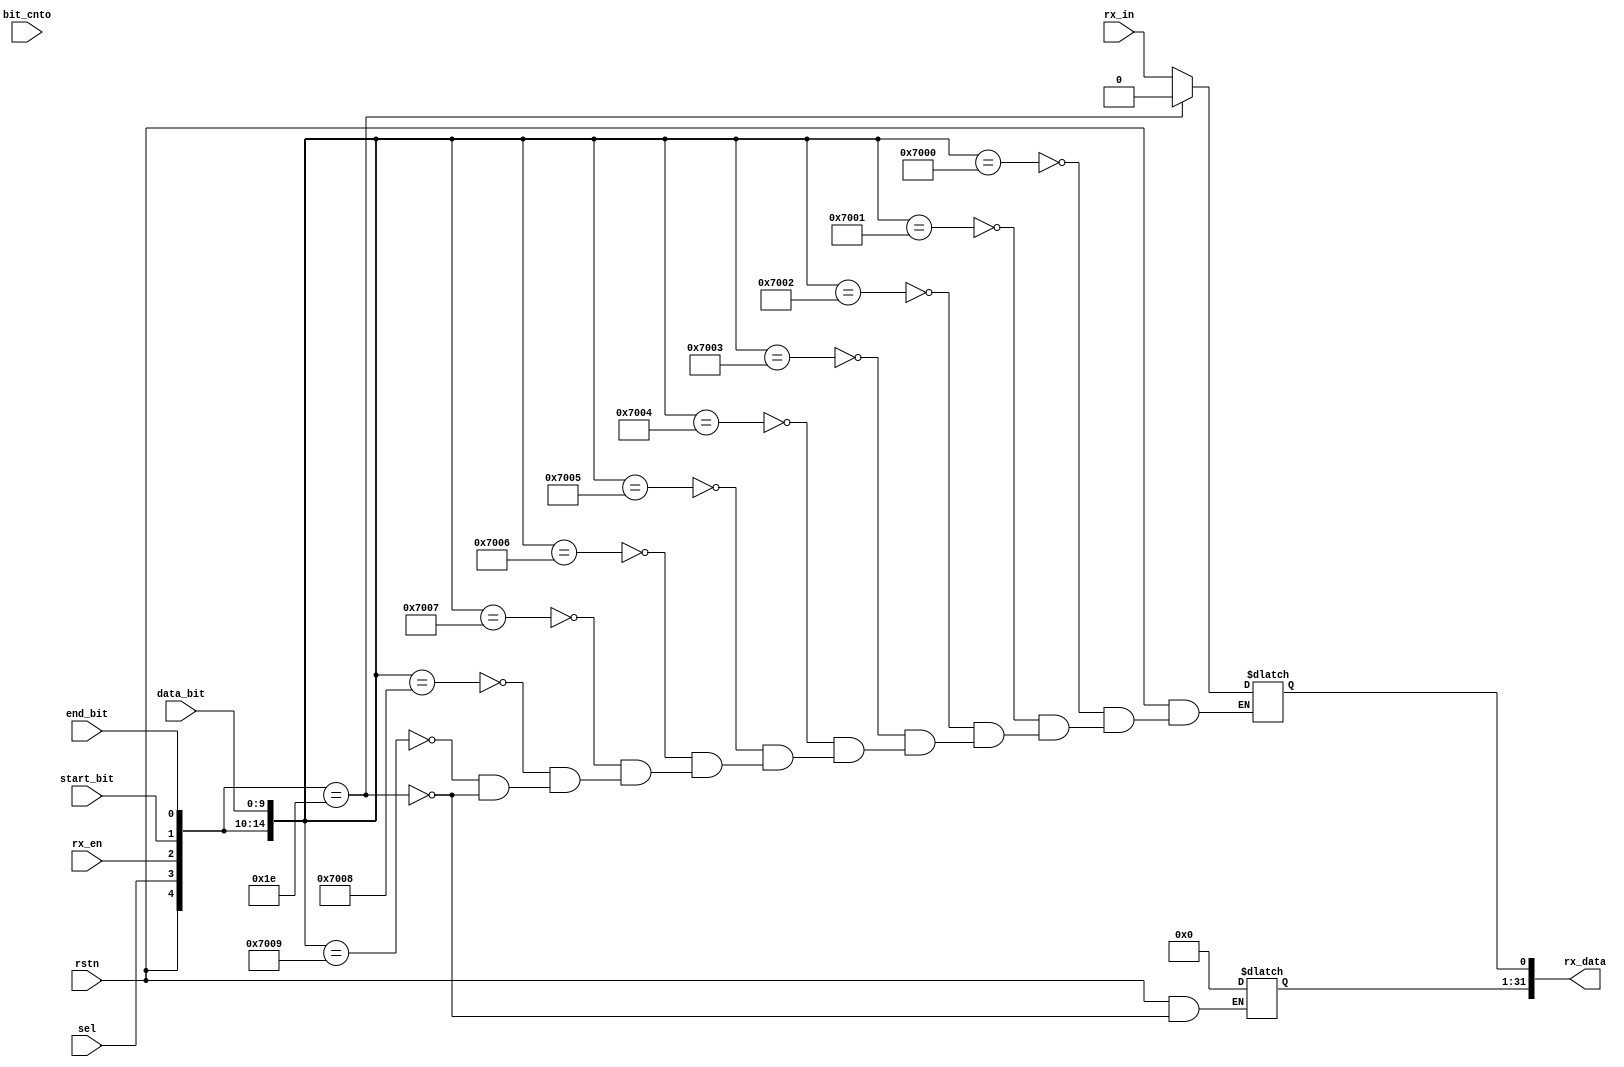
/* ----------------------------------------
		!!! RX Control module !!!
	----------------------------------------
	
	Receive data bits
	
	
*/

module apb_rx_dp
(
	// Inputs:
	input wire			rstn,
	input wire			sel,
	input wire			rx_en,
	input wire			rx_in,
	input wire			start_bit,
	input wire			end_bit,
	input wire [9:0]  bit_cnto,
	input wire [9:0]  data_bit,
	
	// Outputs:
	output reg [31:0] rx_data
);


/* -----------------------
	Internal Data variables
	----------------------- */
	

/* ---------
	Data Path
	---------- */	
always @ *
begin

	casex ({rstn, sel, rx_en, start_bit, end_bit, data_bit})
	
		{1'b0, 1'bx, 1'bx, 1'bx, 1'bx, 10'bx}: rx_data <= 32'bx; // Reset
																
		
		{1'b1, 1'b1, 1'b1, 1'b0, 1'b0, 10'd0}: rx_data[0] <= rx_in; // RX data bit 0
		{1'b1, 1'b1, 1'b1, 1'b0, 1'b0, 10'd1}: rx_data[0] <= rx_in; // RX data bit 1
		{1'b1, 1'b1, 1'b1, 1'b0, 1'b0, 10'd2}: rx_data[0] <= rx_in; // RX data bit 2
		{1'b1, 1'b1, 1'b1, 1'b0, 1'b0, 10'd3}: rx_data[0] <= rx_in; // RX data bit 3
		{1'b1, 1'b1, 1'b1, 1'b0, 1'b0, 10'd4}: rx_data[0] <= rx_in; // RX data bit 4
		{1'b1, 1'b1, 1'b1, 1'b0, 1'b0, 10'd5}: rx_data[0] <= rx_in; // RX data bit 5
		{1'b1, 1'b1, 1'b1, 1'b0, 1'b0, 10'd6}: rx_data[0] <= rx_in; // RX data bit 6
		{1'b1, 1'b1, 1'b1, 1'b0, 1'b0, 10'd7}: rx_data[0] <= rx_in; // RX data bit 7
		{1'b1, 1'b1, 1'b1, 1'b0, 1'b0, 10'd8}: rx_data[0] <= rx_in; // RX data bit 8
		{1'b1, 1'b1, 1'b1, 1'b0, 1'b0, 10'd9}: rx_data[0] <= rx_in; // RX data bit 9
		
		
		{1'b1, 1'b1, 1'b1, 1'b1, 1'b0, 10'bx}: rx_data <= 32'b0;   // Start bit													
		{1'b1, 1'b1, 1'b1, 1'b0, 1'b1, 10'bx}: rx_data <= rx_data; // End bit
		
		default: rx_data = rx_data;
		
	endcase

end

endmodule